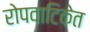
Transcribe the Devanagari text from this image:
रोपवाटिकेत